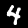
Label: 4